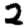
Digit: 2